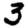
Digit: 3